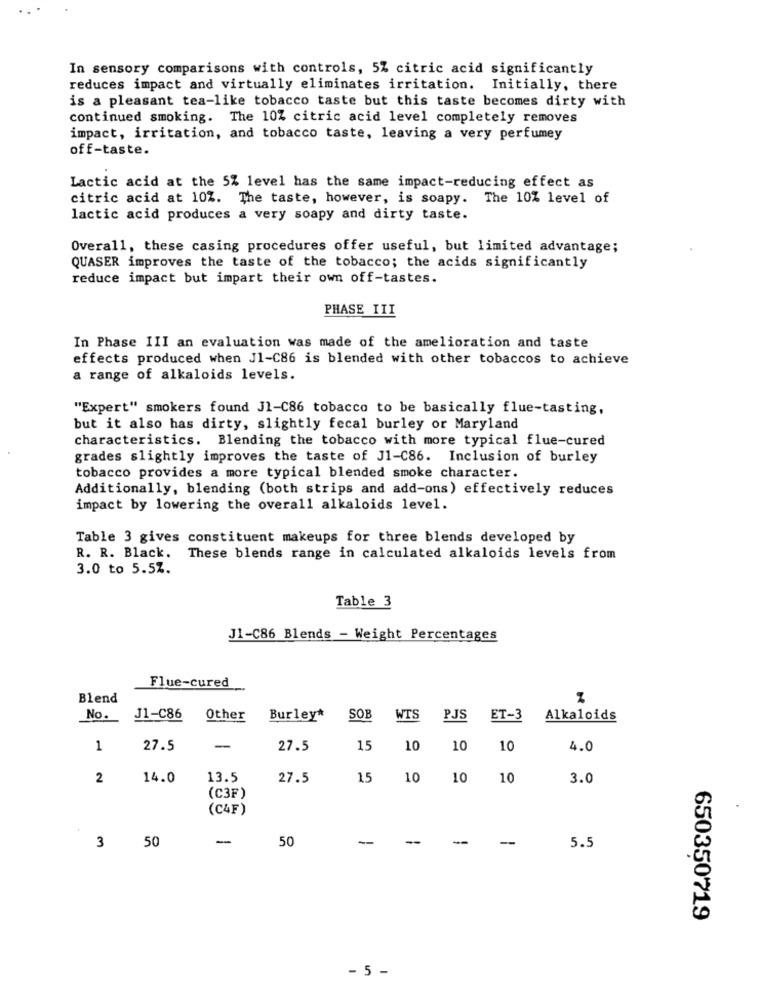
In sensory comparisons with controls, 5% citric acid significantly
reduces impact and virtually eliminates irritation. Initially, there
is a pleasant tea-like tobacco taste but this taste becomes dirty with
continued smoking. The 10% citric acid level completely removes
impact, irritation, and tobacco taste, leaving a very perfumey
off-taste.
Lactic acid at the 5% level has the same impact-reducing effect as
citric acid at 10%. The taste, however, is soapy. The 10% level of
lactic acid produces a very soapy and dirty taste.
Overall, these casing procedures offer useful, but limited advantage;
QUASER improves the taste of the tobacco; the acids significantly
reduce impact but impart their own off-tastes.
PHASE III
In Phase III an evaluation was made of the amelioration and taste
effects produced when J1-C86 is blended with other tobaccos to achieve
a range of alkaloids levels.
"Expert" smokers found J1-C86 tobacco to be basically flue-tasting,
but it also has dirty, slightly fecal burley or Maryland
characteristics. Blending the tobacco with more typical flue-cured
grades slightly improves the taste of J1-C86. Inclusion of burley
tobacco provides a more typical blended smoke character.
Additionally, blending (both strips and add-ons) effectively reduces
impact by lowering the overall alkaloids level.
Table 3 gives constituent makeups for three blends developed by
R. R. Black.
These blends range in calculated alkaloids levels from
3.0 to 5.5Z.
Table 3
J1-C86 Blends - Weight Percentages
Flue-cured
Blend
No.
J1-C86
Other
Burley*
SOB
WTS
PJS
ET-3
Alkaloids
1
27.5
-
27.5
15
10
10
10
4.0
2
14.0
13.5
27.5
15
10
10
10
3.0
(C3F)
(C4F)
50
-
50
-
3
5.5
650350719
- 5 -